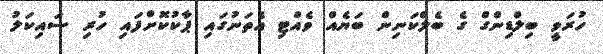
ހުރަވީ ބިލްޑިންގް ގެ ބެލްކަނިން ބަޔެއް ވެއްޓި އެތަނުގައި ޕާކުކޮށްފައި ހުރި ސައިކަލު